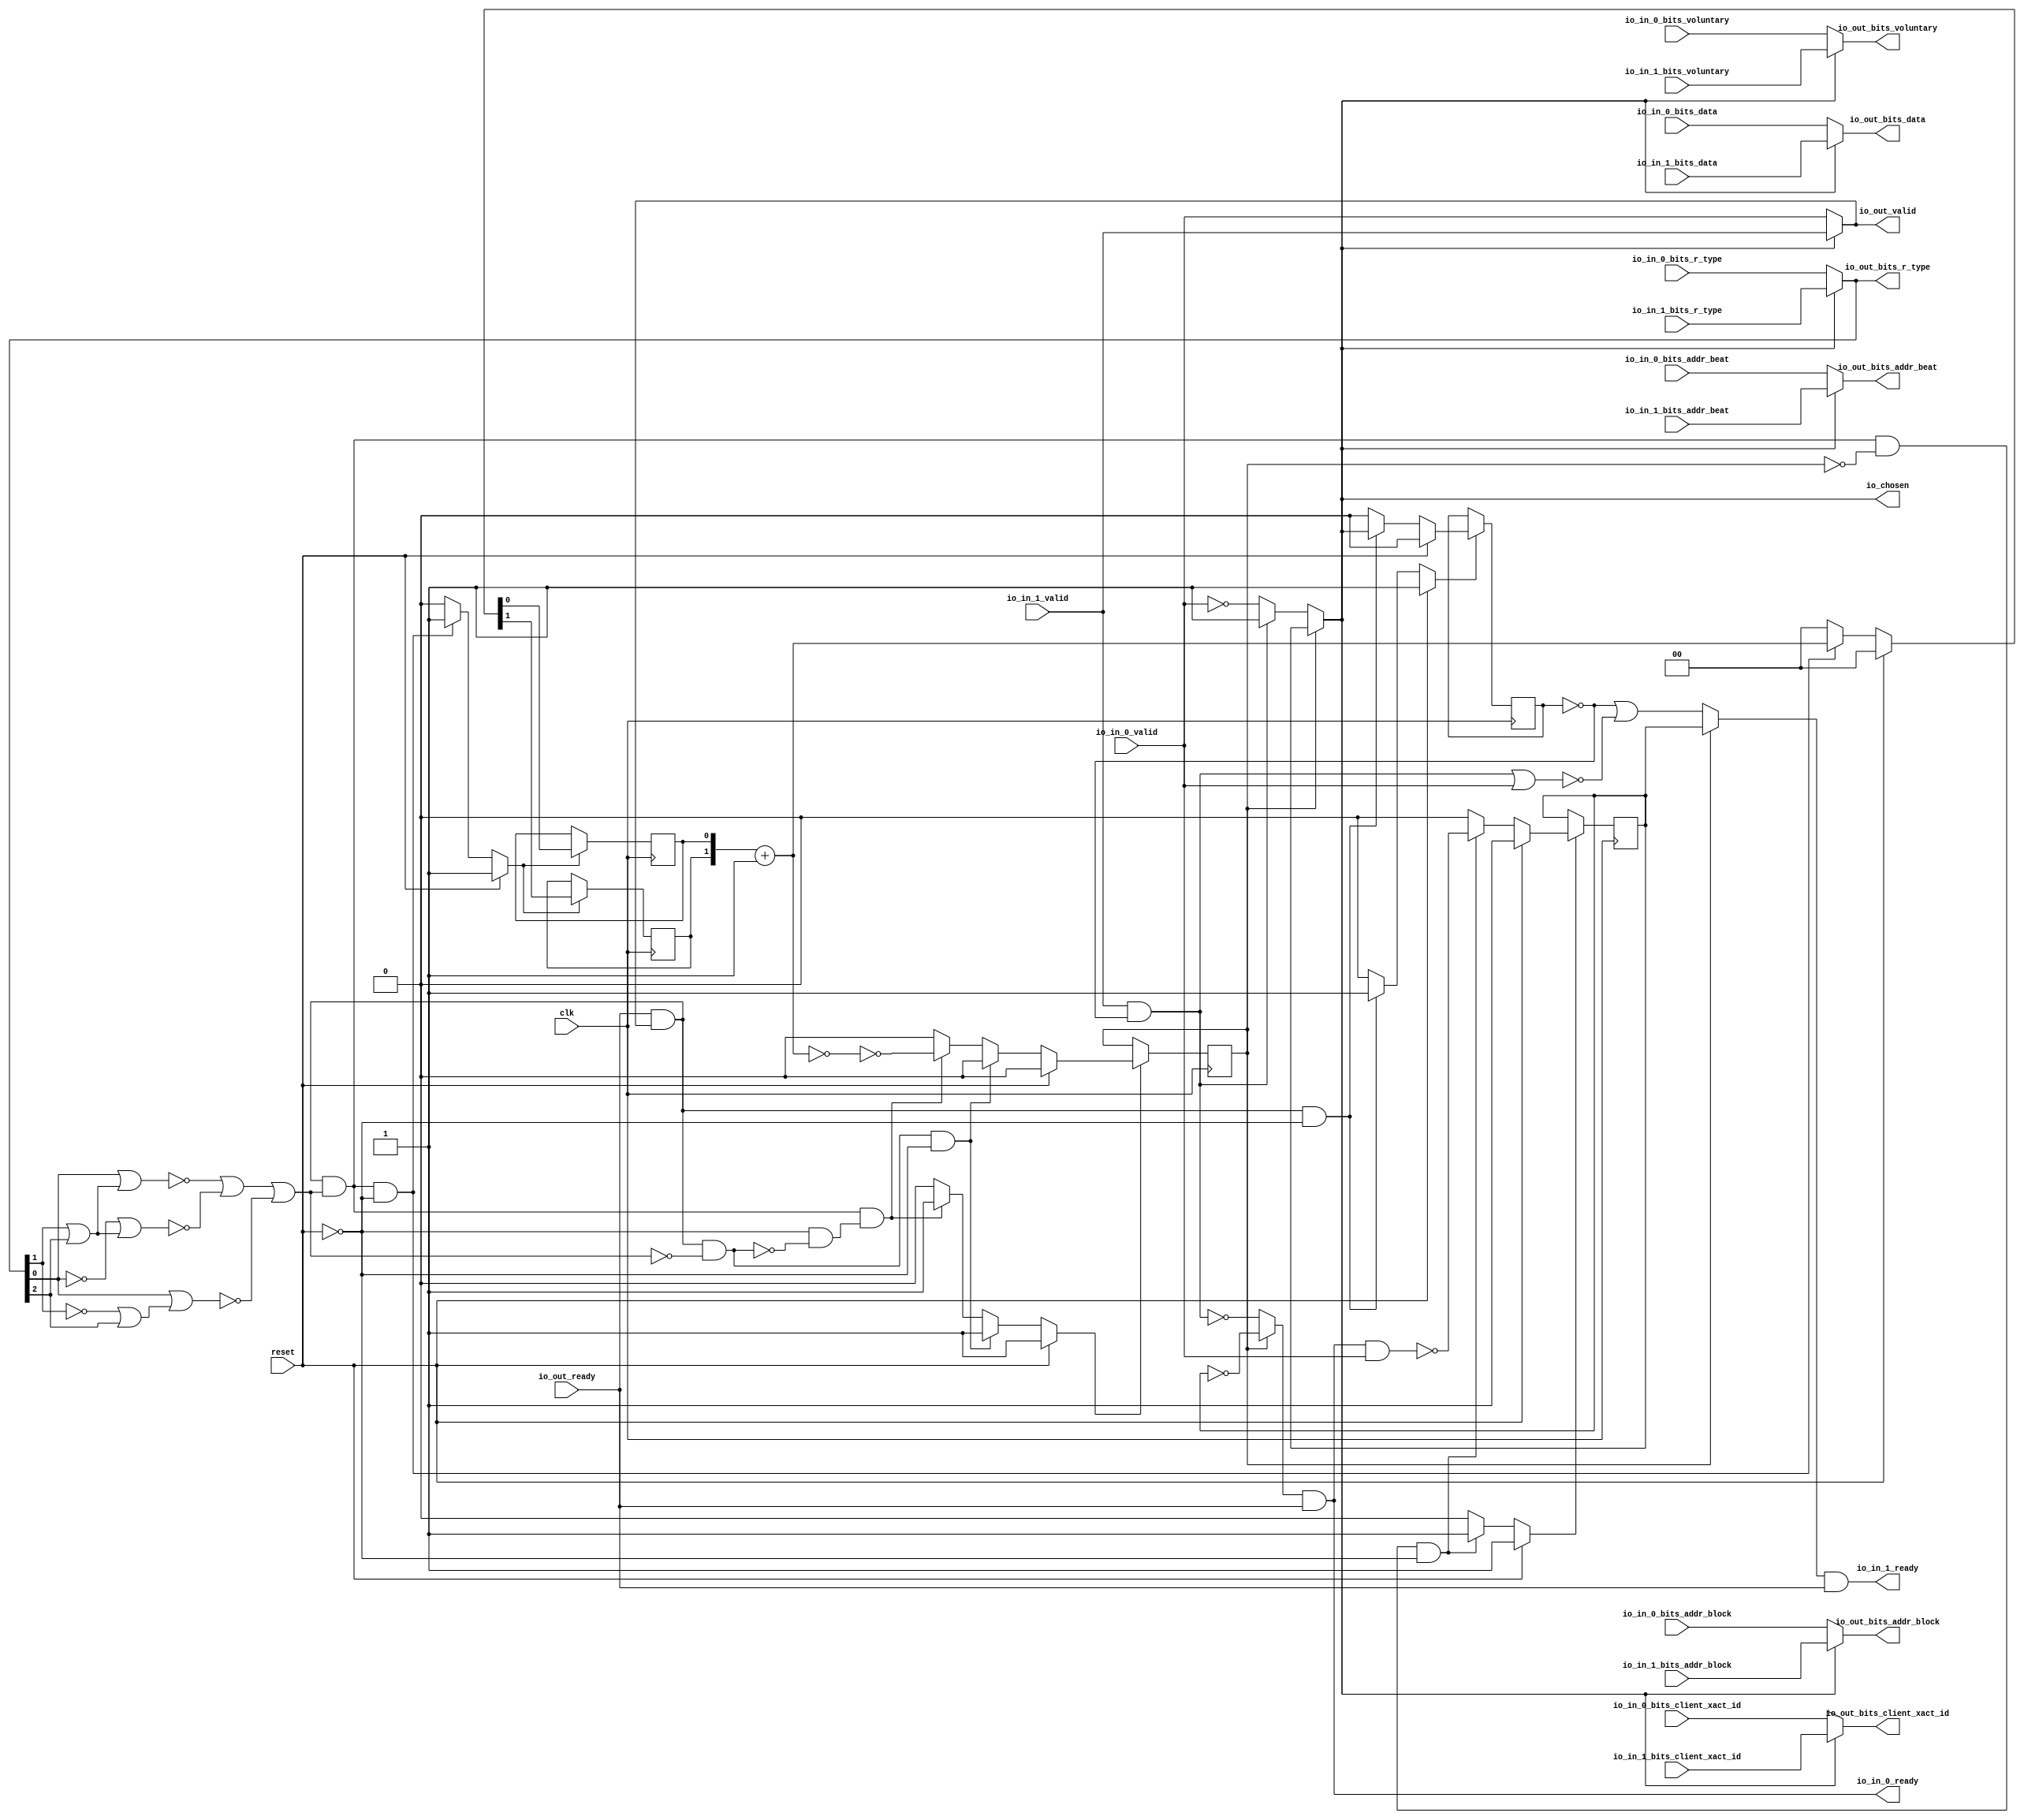
// This program was cloned from: https://github.com/NYU-MLDA/OpenABC
// License: BSD 3-Clause "New" or "Revised" License

module LockingRRArbiter_1
(
  clk,
  reset,
  io_in_1_ready,
  io_in_1_valid,
  io_in_1_bits_addr_beat,
  io_in_1_bits_addr_block,
  io_in_1_bits_client_xact_id,
  io_in_1_bits_voluntary,
  io_in_1_bits_r_type,
  io_in_1_bits_data,
  io_in_0_ready,
  io_in_0_valid,
  io_in_0_bits_addr_beat,
  io_in_0_bits_addr_block,
  io_in_0_bits_client_xact_id,
  io_in_0_bits_voluntary,
  io_in_0_bits_r_type,
  io_in_0_bits_data,
  io_out_ready,
  io_out_valid,
  io_out_bits_addr_beat,
  io_out_bits_addr_block,
  io_out_bits_client_xact_id,
  io_out_bits_voluntary,
  io_out_bits_r_type,
  io_out_bits_data,
  io_chosen
);

  input [1:0] io_in_1_bits_addr_beat;
  input [25:0] io_in_1_bits_addr_block;
  input [5:0] io_in_1_bits_client_xact_id;
  input [2:0] io_in_1_bits_r_type;
  input [127:0] io_in_1_bits_data;
  input [1:0] io_in_0_bits_addr_beat;
  input [25:0] io_in_0_bits_addr_block;
  input [5:0] io_in_0_bits_client_xact_id;
  input [2:0] io_in_0_bits_r_type;
  input [127:0] io_in_0_bits_data;
  output [1:0] io_out_bits_addr_beat;
  output [25:0] io_out_bits_addr_block;
  output [5:0] io_out_bits_client_xact_id;
  output [2:0] io_out_bits_r_type;
  output [127:0] io_out_bits_data;
  input clk;
  input reset;
  input io_in_1_valid;
  input io_in_1_bits_voluntary;
  input io_in_0_valid;
  input io_in_0_bits_voluntary;
  input io_out_ready;
  output io_in_1_ready;
  output io_in_0_ready;
  output io_out_valid;
  output io_out_bits_voluntary;
  output io_chosen;
  wire [1:0] io_out_bits_addr_beat,T22;
  wire [25:0] io_out_bits_addr_block;
  wire [5:0] io_out_bits_client_xact_id;
  wire [2:0] io_out_bits_r_type;
  wire [127:0] io_out_bits_data;
  wire io_in_1_ready,io_in_0_ready,io_out_valid,io_out_bits_voluntary,io_chosen,N0,N1,
  N2,N3,N4,N5,N6,N7,N8,N9,choose,T2,N10,T3,T5,T9,T8,T11,T10,T17,T12,T14,T25,T20,
  T21,T26,N11,T36,T37,T44,T38,T39,T42,T40,T41,T43,T47,T48,T52,T49,T50,T51,T54,T53,
  N12,N13,N14,N15,N16,N17,N18,N19,N20,N21,N22,N23,N24,N25,N26,N27,N28,N29,N30,N31,
  N32,N33,N34,N35,N36,N37,N38,N39,N40,N41,N42,N43,N44,N45,N46,N47,N48,N49,N50,N51;
  reg last_grant,lockIdx,locked;
  reg [1:0] R23;
  assign T21 = T22 == 1'b0;
  assign T43 = N0 & 1'b0;
  assign N0 = ~last_grant;
  assign T44 = N1 & 1'b0;
  assign N1 = ~last_grant;

  always @(posedge clk) begin
    if(N14) begin
      last_grant <= N15;
    end 
  end


  always @(posedge clk) begin
    if(N18) begin
      lockIdx <= N19;
    end 
  end


  always @(posedge clk) begin
    if(N23) begin
      locked <= N24;
    end 
  end


  always @(posedge clk) begin
    if(N27) begin
      R23[1] <= N29;
    end 
  end


  always @(posedge clk) begin
    if(N27) begin
      R23[0] <= N28;
    end 
  end

  assign N38 = ~T8;
  assign N39 = ~lockIdx;
  assign N40 = ~io_out_bits_r_type[1];
  assign N41 = N40 | io_out_bits_r_type[2];
  assign N42 = io_out_bits_r_type[0] | N41;
  assign N43 = ~N42;
  assign N44 = io_out_bits_r_type[1] | io_out_bits_r_type[2];
  assign N45 = io_out_bits_r_type[0] | N44;
  assign N46 = ~N45;
  assign N47 = ~io_out_bits_r_type[0];
  assign N48 = io_out_bits_r_type[1] | io_out_bits_r_type[2];
  assign N49 = N47 | N48;
  assign N50 = ~N49;
  assign N51 = ~io_in_0_valid;
  assign T22 = R23 + 1'b1;
  assign io_chosen = (N2)? lockIdx : 
                     (N3)? choose : 1'b0;
  assign N2 = locked;
  assign N3 = N9;
  assign choose = (N4)? 1'b1 : 
                  (N5)? N51 : 1'b0;
  assign N4 = T2;
  assign N5 = N10;
  assign io_out_bits_data = (N6)? io_in_1_bits_data : 
                            (N7)? io_in_0_bits_data : 1'b0;
  assign N6 = io_chosen;
  assign N7 = N11;
  assign io_out_bits_r_type = (N6)? io_in_1_bits_r_type : 
                              (N7)? io_in_0_bits_r_type : 1'b0;
  assign io_out_bits_voluntary = (N6)? io_in_1_bits_voluntary : 
                                 (N7)? io_in_0_bits_voluntary : 1'b0;
  assign io_out_bits_client_xact_id = (N6)? io_in_1_bits_client_xact_id : 
                                      (N7)? io_in_0_bits_client_xact_id : 1'b0;
  assign io_out_bits_addr_block = (N6)? io_in_1_bits_addr_block : 
                                  (N7)? io_in_0_bits_addr_block : 1'b0;
  assign io_out_bits_addr_beat = (N6)? io_in_1_bits_addr_beat : 
                                 (N7)? io_in_0_bits_addr_beat : 1'b0;
  assign io_out_valid = (N6)? io_in_1_valid : 
                        (N7)? io_in_0_valid : 1'b0;
  assign T36 = (N2)? N39 : 
               (N3)? T37 : 1'b0;
  assign T47 = (N2)? lockIdx : 
               (N3)? T48 : 1'b0;
  assign N14 = (N8)? 1'b1 : 
               (N31)? 1'b1 : 
               (N13)? 1'b0 : 1'b0;
  assign N8 = reset;
  assign N15 = (N8)? 1'b0 : 
               (N31)? io_chosen : 1'b0;
  assign N18 = (N8)? 1'b1 : 
               (N32)? 1'b1 : 
               (N17)? 1'b0 : 1'b0;
  assign N19 = (N8)? 1'b1 : 
               (N32)? N38 : 1'b0;
  assign N23 = (N8)? 1'b1 : 
               (N33)? 1'b1 : 
               (N36)? 1'b1 : 
               (N22)? 1'b0 : 1'b0;
  assign N24 = (N8)? 1'b0 : 
               (N33)? 1'b0 : 
               (N36)? T20 : 1'b0;
  assign N27 = (N8)? 1'b1 : 
               (N37)? 1'b1 : 
               (N26)? 1'b0 : 1'b0;
  assign { N29, N28 } = (N8)? { 1'b0, 1'b0 } : 
                        (N37)? T22 : 1'b0;
  assign N9 = ~locked;
  assign N10 = ~T2;
  assign T2 = io_in_1_valid & T3;
  assign T3 = ~last_grant;
  assign T5 = io_out_ready & io_out_valid;
  assign T8 = io_in_0_ready & io_in_0_valid;
  assign T9 = T11 & T10;
  assign T10 = ~locked;
  assign T11 = T17 & T12;
  assign T12 = T14 | N43;
  assign T14 = N46 | N50;
  assign T17 = io_out_valid & io_out_ready;
  assign T20 = ~T21;
  assign T25 = T17 & T26;
  assign T26 = ~T12;
  assign N11 = ~io_chosen;
  assign io_in_0_ready = T36 & io_out_ready;
  assign T37 = T44 | T38;
  assign T38 = ~T39;
  assign T39 = T42 | T40;
  assign T40 = io_in_1_valid & T41;
  assign T41 = ~last_grant;
  assign T42 = io_in_0_valid & T43;
  assign io_in_1_ready = T47 & io_out_ready;
  assign T48 = T52 | T49;
  assign T49 = ~T50;
  assign T50 = T51 | io_in_0_valid;
  assign T51 = T42 | T40;
  assign T52 = T54 & T53;
  assign T53 = ~last_grant;
  assign T54 = ~T42;
  assign N12 = T5 | reset;
  assign N13 = ~N12;
  assign N16 = T9 | reset;
  assign N17 = ~N16;
  assign N20 = T25 | reset;
  assign N21 = T11 | N20;
  assign N22 = ~N21;
  assign N25 = T11 | reset;
  assign N26 = ~N25;
  assign N30 = ~reset;
  assign N31 = T5 & N30;
  assign N32 = T9 & N30;
  assign N33 = T25 & N30;
  assign N34 = ~T25;
  assign N35 = N30 & N34;
  assign N36 = T11 & N35;
  assign N37 = T11 & N30;

endmodule